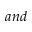
a n d